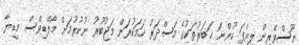
ނޫސްވެރިން ލިޔެފަ ހުންނަ ޚަބަރުތަކުގެ މަސްދަރު ހަމަކުރަން މަޖުބޫރު ނުކުރުމަށް މޯލްޑިވްސް މީޑިޔާ